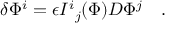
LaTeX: \delta \Phi ^ { i } = \epsilon { I ^ { i } } _ { j } ( \Phi ) D \Phi ^ { j } \quad .